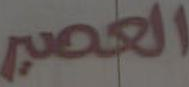
العصير